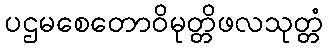
ပဌမစေတောဝိမုတ္တိဖလသုတ္တံ